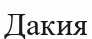
Дакия